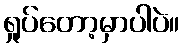
ရှုပ်တော့မှာပါပဲ။